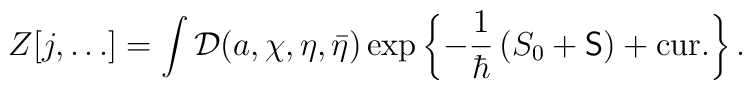
Z[j,\ldots] = \int {\cal D}(a,\chi,\eta,\bar{\eta})\exp\left\{-\frac{1}{\hbar}\left(S_0+{\sf S}\right) + \mbox{cur.}\right\}.